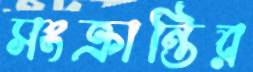
সংক্রান্তির